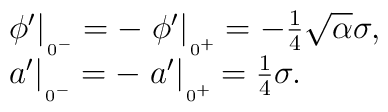
\left. \begin{array}{l}\left.\phi'\right|{\mbox{\raisebox{-1.2ex}{{\tiny{$\!0^{-}$}}}}} =-\left.\phi'\right|{\mbox{\raisebox{-1.2ex}{{\tiny{$\!0^{+}$}}}}}  = -\frac{1}{4}\sqrt{\alpha}\sigma,\\  \left.a'\right|{\mbox{\raisebox{-1.2ex}{{\tiny{$\!0^{-}$}}}}} =-\left. a'\right|{\mbox{\raisebox{-1.2ex}{{\tiny{$\!0^{+}$}}}}} = \frac{1}{4}\sigma .        \end{array}\right.